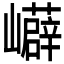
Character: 𭗳